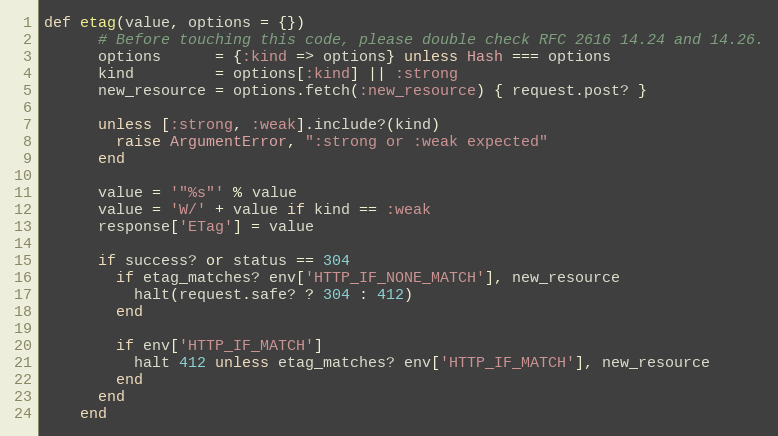
Language: Ruby
def etag(value, options = {})
      # Before touching this code, please double check RFC 2616 14.24 and 14.26.
      options      = {:kind => options} unless Hash === options
      kind         = options[:kind] || :strong
      new_resource = options.fetch(:new_resource) { request.post? }

      unless [:strong, :weak].include?(kind)
        raise ArgumentError, ":strong or :weak expected"
      end

      value = '"%s"' % value
      value = 'W/' + value if kind == :weak
      response['ETag'] = value

      if success? or status == 304
        if etag_matches? env['HTTP_IF_NONE_MATCH'], new_resource
          halt(request.safe? ? 304 : 412)
        end

        if env['HTTP_IF_MATCH']
          halt 412 unless etag_matches? env['HTTP_IF_MATCH'], new_resource
        end
      end
    end